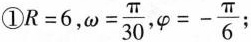
① $$R = 6 $$，$$\omega = \frac{\pi}{30}$$ ，$$\varphi = - \frac{\pi}{6}$$；